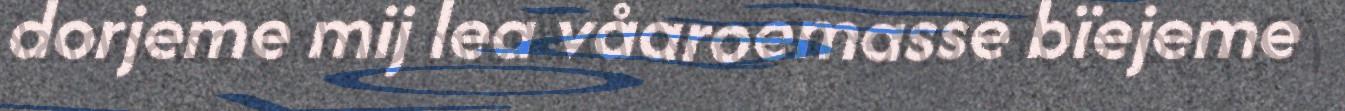
dorjeme mij lea våaroemasse bïejeme